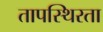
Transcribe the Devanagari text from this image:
तापस्थिरता